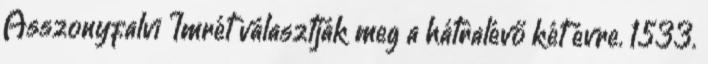
Asszonyfalvi Imrét választják meg a hátralévő két évre. 1533.